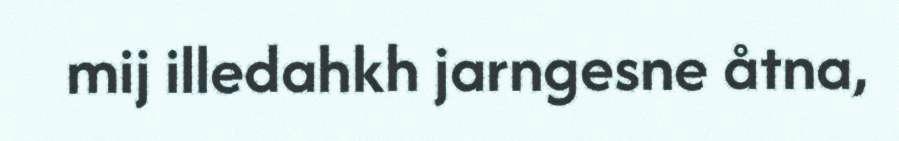
mij illedahkh jarngesne åtna,